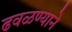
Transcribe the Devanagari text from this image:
ढवळण्याने